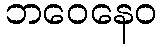
ဘဝေနေဝ